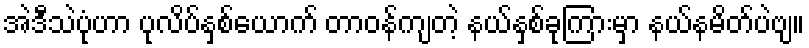
အဲဒီသဲပုံဟာ ပုလိပ်နှစ်ယောက် တာဝန်ကျတဲ့ နယ်နှစ်ခုကြားမှာ နယ်နမိတ်ပဲဗျ။